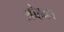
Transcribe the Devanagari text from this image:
ओहका